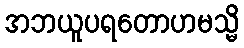
အဘယူပရတောဟမသ္မိ